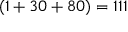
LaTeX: ( 1 + 3 0 + 8 0 ) = 1 1 1